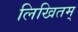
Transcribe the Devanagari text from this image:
लिखितम्